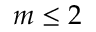
m \le 2